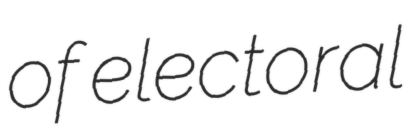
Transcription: of electoral